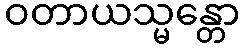
ဝတာယသ္မန္တော